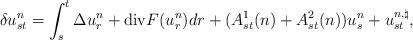
LaTeX: \begin{align*} \delta u_{st}^n = \int_s^t \Delta u_r^n + \mathrm{div}F(u_r^n) dr + (A_{st}^1(n) + A_{st}^2(n) )u_s^n + u_{st}^{n, \natural} ,\end{align*}